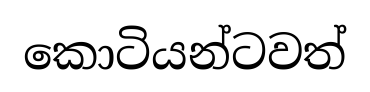
කොටියන්ටවත්